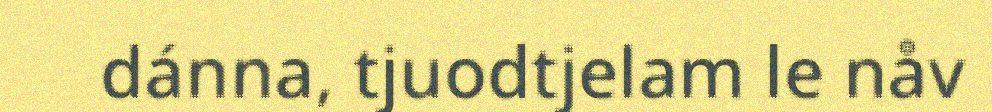
dánna, tjuodtjelam le nåv